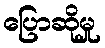
ပြောဆိုမှု